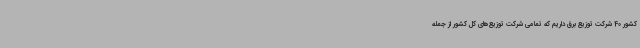
کشور 40 شرکت توزیع برق داریم که تمامی شرکت توزیع‌های کل کشور از جمله